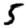
Digit: 5